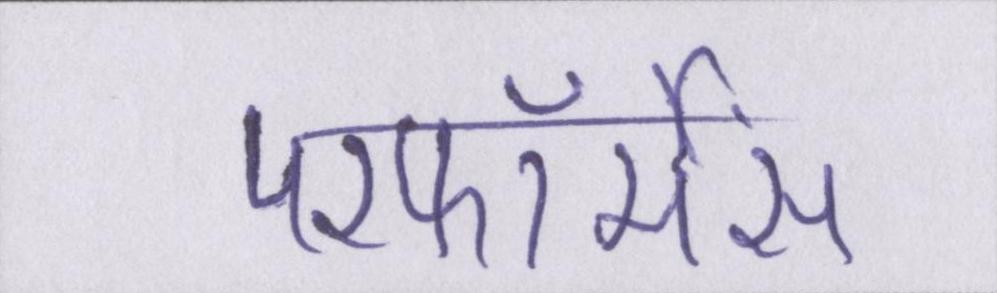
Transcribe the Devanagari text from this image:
परफॉर्मेंस